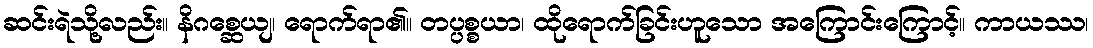
ဆင်းရဲသို့လည်း။ နိဂစ္ဆေယျ၊ ရောက်ရာ၏။ တပ္ပစ္စယာ၊ ထိုရောက်ခြင်းဟူသော အကြောင်းကြောင့်။ ကာယဿ၊